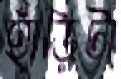
হাঁড়িটা